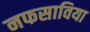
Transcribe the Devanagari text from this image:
नफसाविया